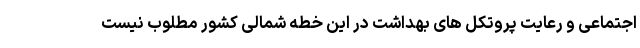
اجتماعی و رعایت پروتکل های بهداشت در این خطه شمالی کشور مطلوب نیست